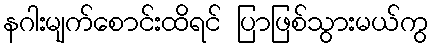
နဂါးမျက်စောင်းထိရင် ပြာဖြစ်သွားမယ်ကွ